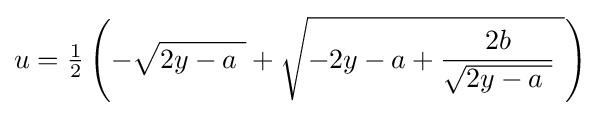
u={\tfrac {1}{2}}\left(-{\sqrt {2y-a\ }}+{\sqrt {-2y-a+{\frac {2b}{\sqrt {2y-a\ }}}\ }}\right)\